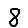
Digit: 8